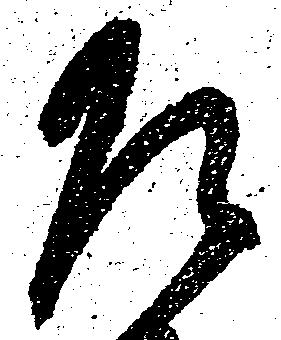
乍